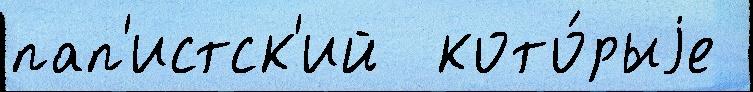
пап'истск'ий  кото́рыjе